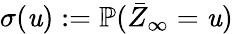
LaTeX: \sigma(\mathit{u}):={\mathbb{P}}(\bar{{Z}}_{\infty}=\mathit{u})